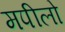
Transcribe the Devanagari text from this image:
मपीलो